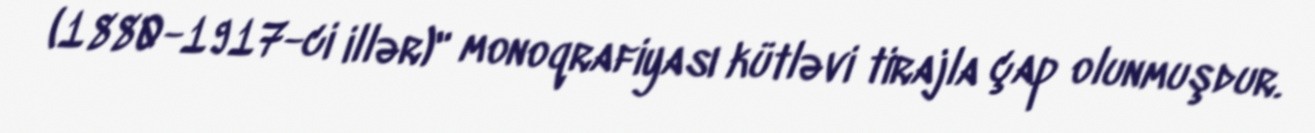
(1880-1917-ci illər)" monoqrafiyası kütləvi tirajla çap olunmuşdur.